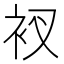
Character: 衩